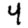
Digit: 4